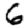
Digit: 6